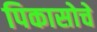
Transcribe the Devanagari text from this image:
पिकासोचे